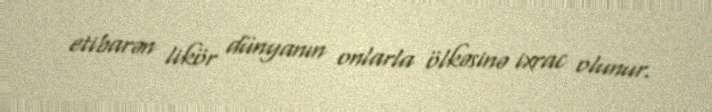
etibarən likör dünyanın onlarla ölkəsinə ixrac olunur.